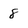
Character: 8